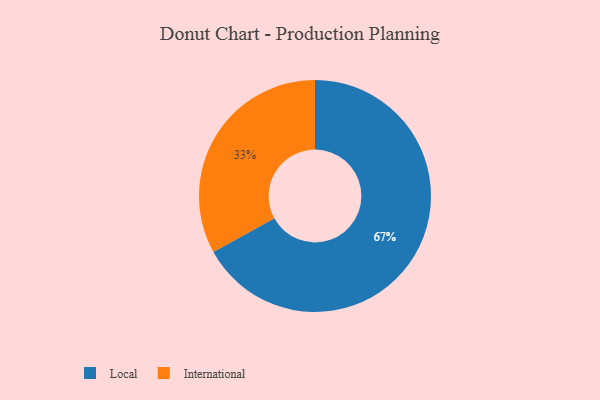
{"axis": {"x": "Category", "y": "Percentage"}, "legend": ["International", "Local"], "data": [{"x": "International", "y": 33, "type": "International"}, {"x": "Local", "y": 67, "type": "Local"}]}